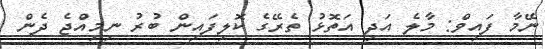
ނޭމާ ފައިވް: މާލެ އަދި އަތޮޅު ތެރޭގެ ކޮލިފައިން ބުރު ނިމިއްޖެ ދެން